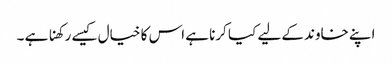
اپنے خاوند کے لیے کیا کرنا ہے اس کا خیال کیسے رکھنا ہے ۔